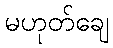
မဟုတ်ချေ